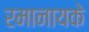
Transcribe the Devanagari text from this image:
रमानायके